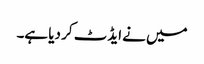
میں نے ایڈٹ کر دیا ہے۔